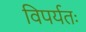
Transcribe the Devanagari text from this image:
विपर्यतः